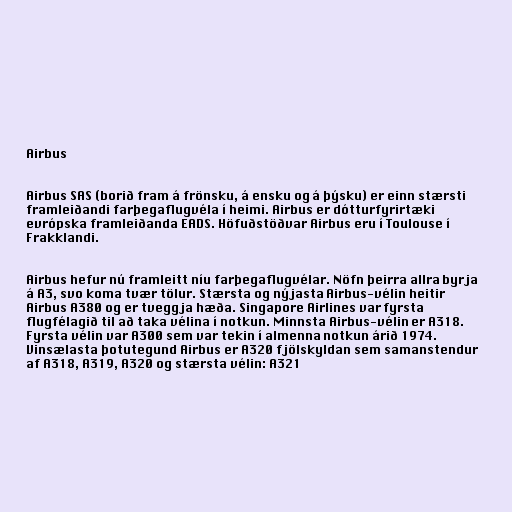
Airbus

Airbus SAS (borið fram á frönsku, á ensku og á þýsku) er einn stærsti
framleiðandi farþegaflugvéla í heimi. Airbus er dótturfyrirtæki
evrópska framleiðanda EADS. Höfuðstöðvar Airbus eru í Toulouse í
Frakklandi.

Airbus hefur nú framleitt níu farþegaflugvélar. Nöfn þeirra allra byrja
á A3, svo koma tvær tölur. Stærsta og nýjasta Airbus-vélin heitir
Airbus A380 og er tveggja hæða. Singapore Airlines var fyrsta
flugfélagið til að taka vélina í notkun. Minnsta Airbus-vélin er A318.
Fyrsta vélin var A300 sem var tekin í almenna notkun árið 1974.
Vinsælasta þotutegund Airbus er A320 fjölskyldan sem samanstendur
af A318, A319, A320 og stærsta vélin: A321